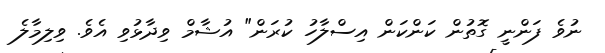
ނުވެ ފަންނީ ގޮތުން ކަންކަން އިސްލާހު ކުރަން" އުޝާމް ވިދާޅުވި އެވެ. ވިލިމާލެ